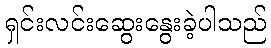
ရှင်းလင်းဆွေးနွေးခဲ့ပါသည်